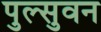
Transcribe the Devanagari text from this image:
पुल्सुवन